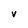
Character: V